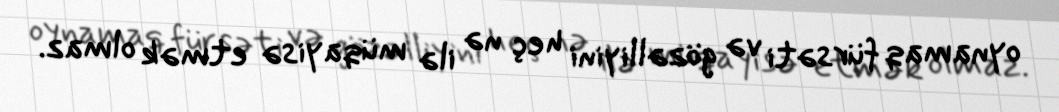
oynamaq fürsəti və gözəlliyini heç nə ilə müqayisə etmək olmaz.